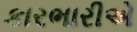
કારભારીએ